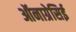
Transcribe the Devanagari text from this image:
ऑनाग्रेसिई